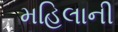
મહિલાની